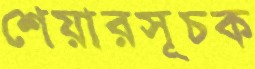
শেয়ারসূচক